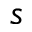
s